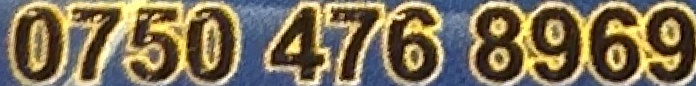
0750 476 8969